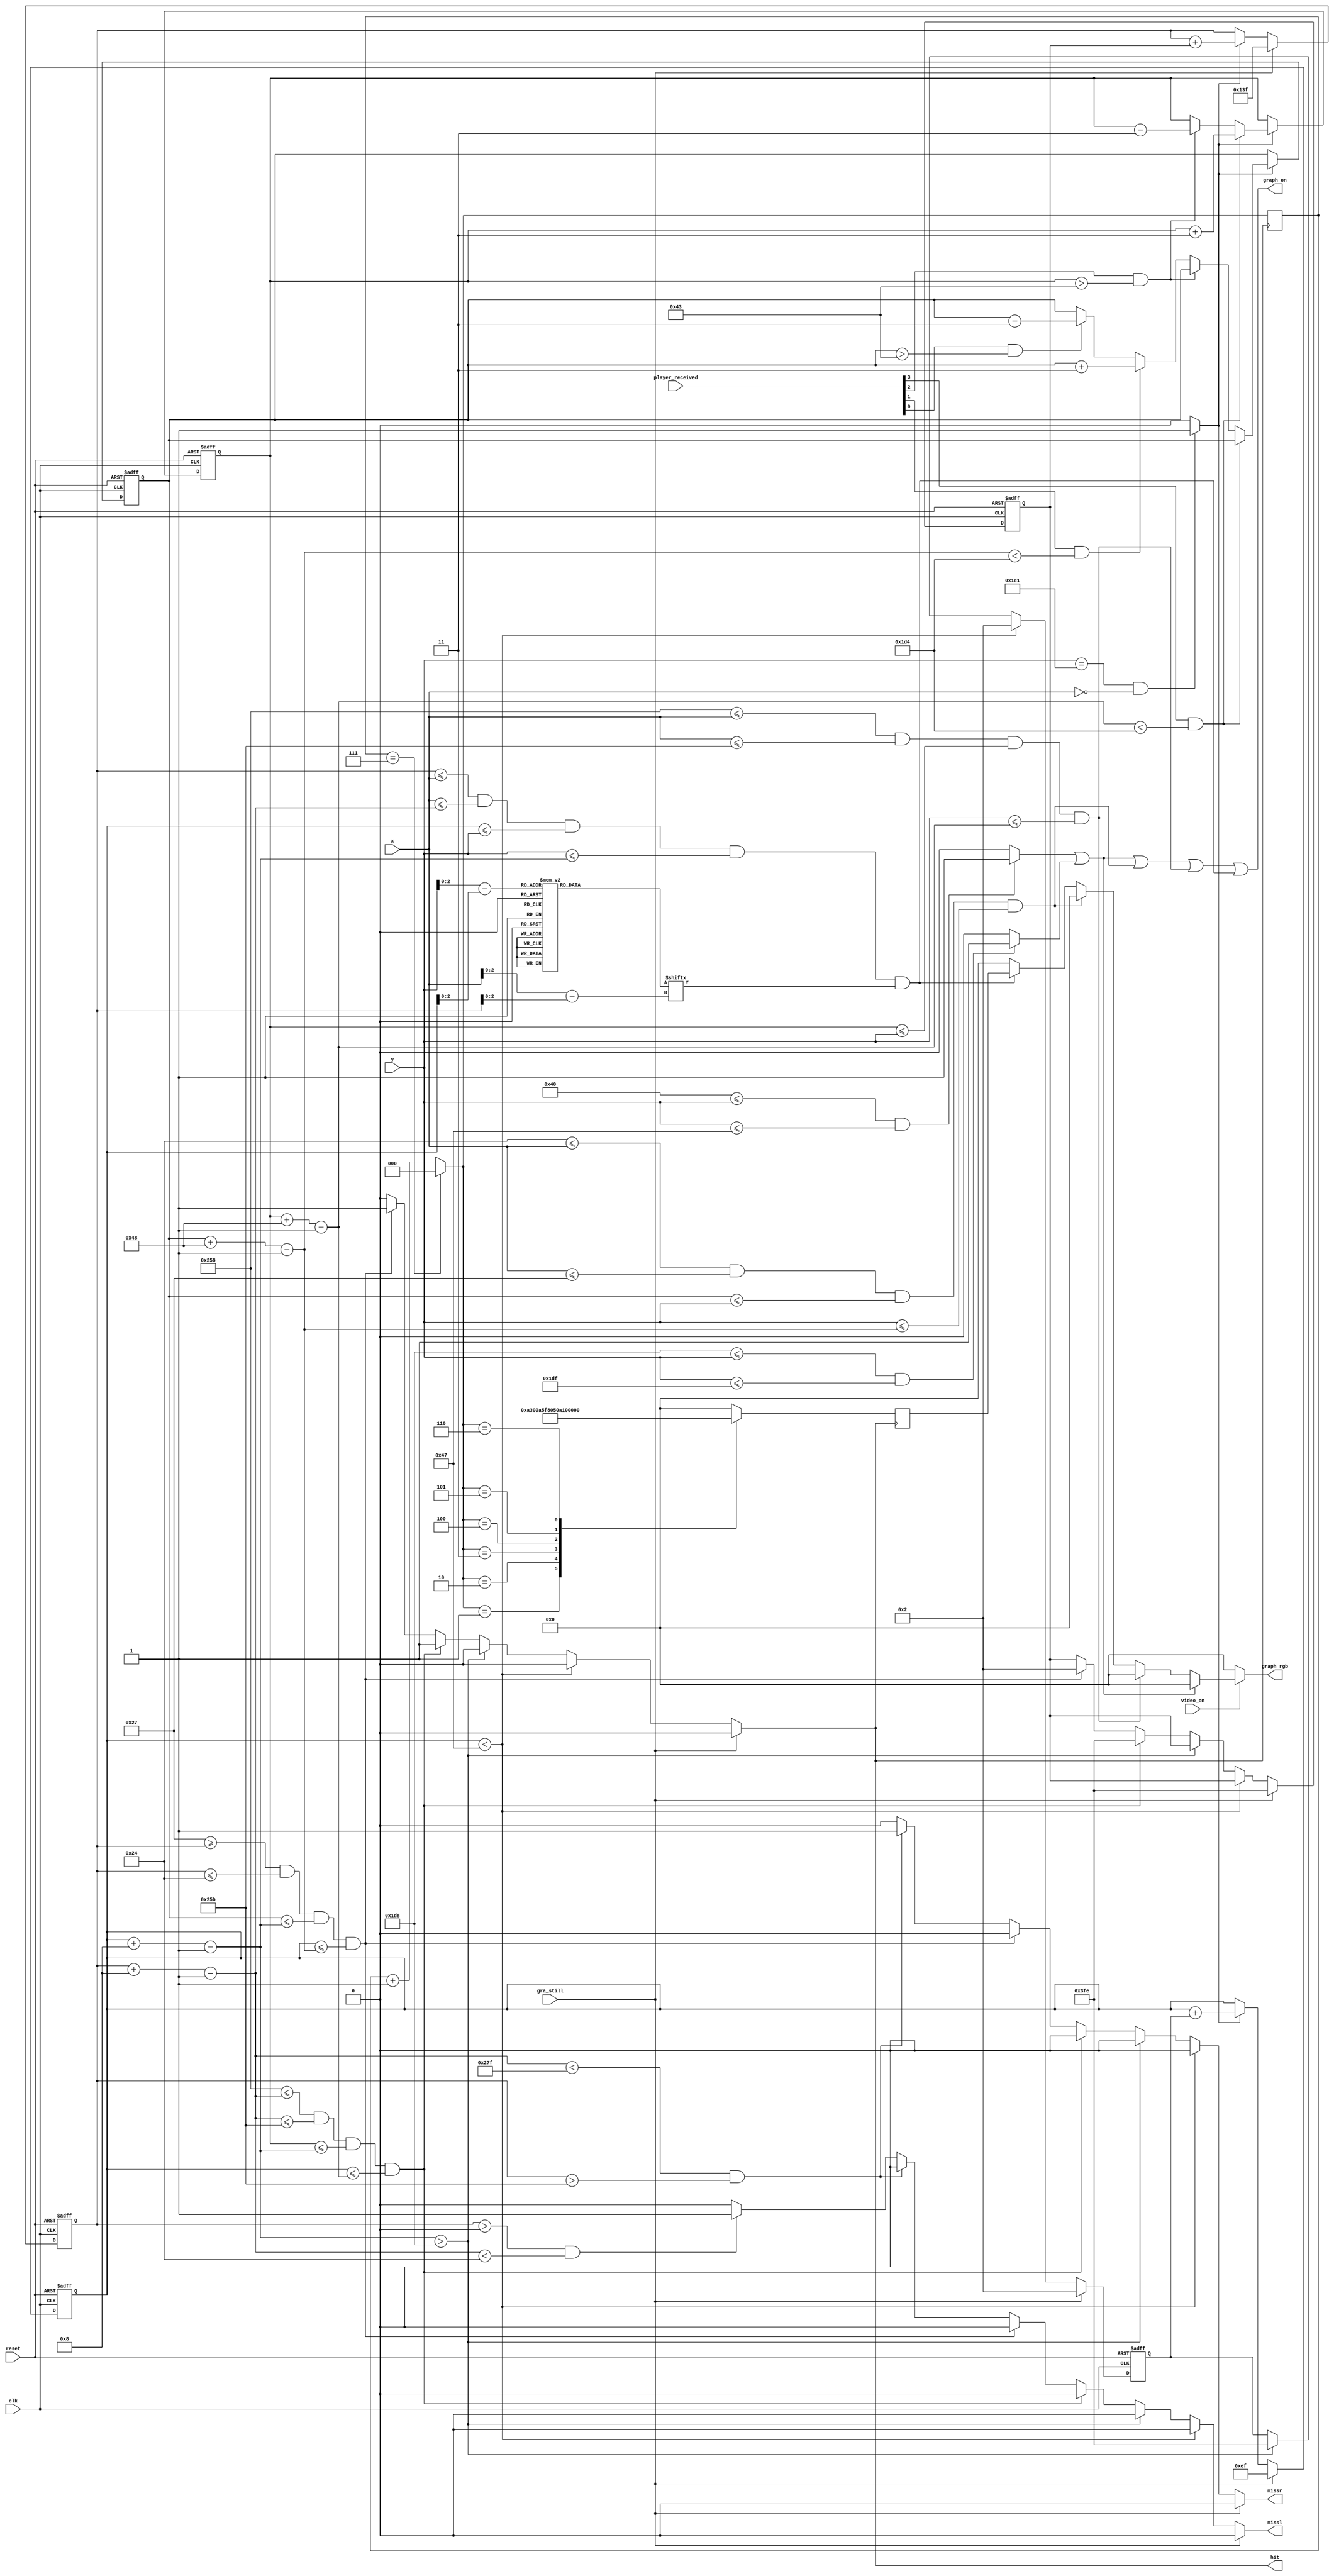
module graphic(
    input clk,  
    input reset,    //btnC
    input [3:0] player_received,        // [0] = left up, [1] = left down, [2] = right up, [3] = right down
    input gra_still,        // still graphics - newgame, game over states
    input video_on,
    input [9:0] x,
    input [9:0] y,
    output graph_on,
    output reg hit, missl, missr,   // ball hit or miss
    output reg [11:0] graph_rgb
    );
    
    // maximum x, y values in display area
    parameter X_MAX = 639;
    parameter Y_MAX = 479;
    
    // create 60Hz refresh tick
    wire refresh_tick;
    assign refresh_tick = ((y == 481) && (x == 0)) ? 1 : 0; // start of vsync(vertical retrace)
    
    
//    // WALLS
    // TOP wall boundaries
    parameter T_WALL_T = 64;    
    parameter T_WALL_B = 71;    // 8 pixels wide
    // BOTTOM wall boundaries
    parameter B_WALL_T = 472;    
    parameter B_WALL_B = 479;    // 8 pixels wide
    
    //Add by myself
    // PADDLE
    // paddle horizontal boundaries
    parameter x_padr_l = 600;
    parameter x_padr_r = 603;    // 4 pixels wide
    // paddle vertical boundary signals
    wire [9:0] y_padr_t, y_padr_b;
    parameter PADr_HEIGHT = 72;  // 72 pixels high
    // register to track top boundary and buffer
    reg [9:0] y_padr_reg = 204;      // Paddle starting position
    reg [9:0] y_padr_next;
    // paddle moving velocity when a button is pressed
    parameter PADr_VELOCITY = 3;     // change to speed up or slow down paddle 
    
    // paddle horizontal boundaries
    parameter x_padl_l = 36;
    parameter x_padl_r = 39;    // 4 pixels wide
    // paddle vertical boundary signals
    wire [9:0] y_padl_t, y_padl_b;
    parameter PADl_HEIGHT = 72;  // 72 pixels high
    // register to track top boundary and buffer
    reg [9:0] y_padl_reg = 204;      // Paddle starting position
    reg [9:0] y_padl_next;
    // paddle moving velocity when a button is pressed
    parameter PADl_VELOCITY = 3;     // change to speed up or slow down paddle movement
    //Add by myself
    
    
    // BALL
    // square rom boundaries
    parameter BALL_SIZE = 8;
    // ball horizontal boundary signals
    wire [9:0] x_ball_l, x_ball_r;
    // ball vertical boundary signals
    wire [9:0] y_ball_t, y_ball_b;
    // register to track top left position
    reg [9:0] y_ball_reg, x_ball_reg;
    // signals for register buffer
    wire [9:0] y_ball_next, x_ball_next;
    // registers to track ball speed and buffers
    reg [9:0] x_delta_reg, x_delta_next;
    reg [9:0] y_delta_reg, y_delta_next;
    // positive or negative ball velocity
    parameter BALL_VELOCITY_POS = 1.5;    // ball speed positive pixel direction(down, right)
    parameter BALL_VELOCITY_NEG = -1.5;   // ball speed negative pixel direction(up, left)
    // round ball from square image
    wire [2:0] rom_addr, rom_col;   // 3-bit rom address and rom column
    reg [7:0] rom_data;             // data at current rom address
    wire rom_bit;                   // signify when rom data is 1 or 0 for ball rgb control
    reg [2:0] count = 0;
    
    // Register Control
    always @(posedge clk or posedge reset)
        if(reset) begin
            y_padr_reg <= 204;
            y_padl_reg <= 204;
            x_ball_reg <= 0;
            y_ball_reg <= 0;
            x_delta_reg <= 10'h002;
            y_delta_reg <= 10'h002;
        end
        else begin
            y_padr_reg <= y_padr_next;
            y_padl_reg <= y_padl_next;
            x_ball_reg <= x_ball_next;
            y_ball_reg <= y_ball_next;
            x_delta_reg <= x_delta_next;
            y_delta_reg <= y_delta_next;
        end
    
    
    // ball rom
    always @*
        case(rom_addr)
            3'b000 :    rom_data = 8'b00111100; //   ****  
            3'b001 :    rom_data = 8'b01111110; //  ******
            3'b010 :    rom_data = 8'b11111111; // ********
            3'b011 :    rom_data = 8'b11111111; // ********
            3'b100 :    rom_data = 8'b11111111; // ********
            3'b101 :    rom_data = 8'b11111111; // ********
            3'b110 :    rom_data = 8'b01111110; //  ******
            3'b111 :    rom_data = 8'b00111100; //   ****
        endcase
    
    
    // OBJECT STATUS SIGNALS
    wire t_wall_on, b_wall_on, padr_on, padl_on, sq_ball_on, ball_on;
    wire [11:0] padr_rgb, padl_rgb, bg_rgb;
    reg [11:0] ball_rgb;
    
    
//    // pixel within wall boundaries
    assign t_wall_on = ((T_WALL_T <= y) && (y <= T_WALL_B)) ? 1 : 0;
    assign b_wall_on = ((B_WALL_T <= y) && (y <= B_WALL_B)) ? 1 : 0;
    
    
    // assign object colors
    assign wall_rgb   = 12'h000;    // black walls
    assign padr_rgb   = 12'h000;    // black paddle
    assign padl_rgb   = 12'h000;    // black paddle
    assign bg_rgb     = 12'h000;    // black background
    
    always @(posedge hit) begin
        if (count == 7) count = 0;
        else count = count + 1;
        case(count)
            3'h1: ball_rgb = 12'hA30;    // A shade of red
            3'h2: ball_rgb = 12'h0A5;    // A shade of green
            3'h3: ball_rgb = 12'hF80;    // A shade of orange
            3'h4: ball_rgb = 12'h50A;    // A shade of purple
            3'h5: ball_rgb = 12'h0F7;    // A shade of cyan
            3'h6: ball_rgb = 12'hFA0;    // A shade of yellow
            default: ball_rgb = 12'h000;    // black (default)
        endcase
    end

    
    
    // paddle 
    assign y_padl_t = y_padl_reg;                             // paddle top position
    assign y_padl_b = y_padl_t + PADl_HEIGHT - 1;              // paddle bottom position
    assign padl_on = (x_padl_l <= x) && (x <= x_padl_r) &&     // pixel within paddle boundaries
                    (y_padl_t <= y) && (y <= y_padl_b);
                    
    // paddle 
    assign y_padr_t = y_padr_reg;                             // paddle top position
    assign y_padr_b = y_padr_t + PADr_HEIGHT - 1;              // paddle bottom position
    assign padr_on = (x_padr_l <= x) && (x <= x_padr_r) &&     // pixel within paddle boundaries
                    (y_padr_t <= y) && (y <= y_padr_b);
       
                    
    // Paddle Control
    always @* begin //fix push in the same time
        y_padr_next = y_padr_reg;     // no move
        y_padl_next = y_padl_reg;     // no move
        
        if(refresh_tick)
            if(player_received[3] && (y_padr_b < (B_WALL_T - 1 - PADr_VELOCITY))) //edit btn[3] to push k
                y_padr_next = y_padr_reg + PADr_VELOCITY;  // move down
            else if(player_received[2] && (y_padr_t > (T_WALL_B - 1 - PADr_VELOCITY))) //edit btn[2] to push i
                y_padr_next = y_padr_reg - PADr_VELOCITY;  // move up
            else if(player_received[1] && (y_padl_b < (B_WALL_T - 1 - PADl_VELOCITY))) //edit btn[1] to push s
                y_padl_next = y_padl_reg + PADl_VELOCITY;  // move down
            else if(player_received[0] && (y_padl_t > (T_WALL_B - 1 - PADl_VELOCITY))) //edit btn[0] to push w
                y_padl_next = y_padl_reg - PADl_VELOCITY;  // move up
    end
    
    
    // rom data square boundaries
    assign x_ball_l = x_ball_reg;
    assign y_ball_t = y_ball_reg;
    assign x_ball_r = x_ball_l + BALL_SIZE - 1;
    assign y_ball_b = y_ball_t + BALL_SIZE - 1;
    // pixel within rom square boundaries
    assign sq_ball_on = (x_ball_l <= x) && (x <= x_ball_r) &&
                        (y_ball_t <= y) && (y <= y_ball_b);
    // map current pixel location to rom addr/col
    assign rom_addr = y[2:0] - y_ball_t[2:0];   // 3-bit address
    assign rom_col = x[2:0] - x_ball_l[2:0];    // 3-bit column index
    assign rom_bit = rom_data[rom_col];         // 1-bit signal rom data by column
    // pixel within round ball
    assign ball_on = sq_ball_on & rom_bit;      // within square boundaries AND rom data bit == 1
 
  
    // new ball position
    assign x_ball_next = (gra_still) ? X_MAX / 2 :
                         (refresh_tick) ? x_ball_reg + x_delta_reg : x_ball_reg;
    assign y_ball_next = (gra_still) ? Y_MAX / 2 :
                         (refresh_tick) ? y_ball_reg + y_delta_reg : y_ball_reg;
    
    // change ball direction after collision
    always @* begin
        hit = 1'b0;
        missl = 1'b0;
        missr = 1'b0;
        x_delta_next = x_delta_reg;
        y_delta_next = y_delta_reg;
        
        if(gra_still) begin
            x_delta_next = BALL_VELOCITY_NEG;
            y_delta_next = BALL_VELOCITY_POS;
        end
        
        else if(y_ball_t < T_WALL_B)                   // reach top
            y_delta_next = BALL_VELOCITY_POS;   // move down
        
        else if(y_ball_b > (B_WALL_T))         // reach bottom wall
            y_delta_next = BALL_VELOCITY_NEG;   // move up
        
        else if((x_padr_l <= x_ball_r) && (x_ball_r <= x_padr_r) &&
                (y_padr_t <= y_ball_b) && (y_ball_t <= y_padr_b)) begin
                    x_delta_next = BALL_VELOCITY_NEG;
                    hit = 1'b1;   //hit right         
        end
        
        else if((x_padl_r >= x_ball_l) && (x_ball_l <= x_padl_l) &&
                (y_padl_t <= y_ball_b) && (y_ball_t <= y_padl_b)) begin
                    x_delta_next = BALL_VELOCITY_POS;
                    hit = 1'b1;   //hit left      
        end
        
        else if(x_ball_r < X_MAX && x_ball_l > x_padr_r) // miss right
            missr = 1'b1;
            
        else if(x_ball_l > 0 && x_ball_r < x_padl_l) //miss left
            missl = 1'b1;
    end                    
    
    // output status signal for graphics 
    assign graph_on = t_wall_on | b_wall_on | padl_on | padr_on | ball_on;
    
    
    // rgb multiplexing circuit
    always @*
        if(~video_on)
            graph_rgb = 12'h000;      // no value, blank
        else
            if(t_wall_on | b_wall_on)
                graph_rgb = wall_rgb;     // wall color
            else if(padr_on)
                graph_rgb = padr_rgb;      // paddle color
            else if(padl_on)
                graph_rgb = padl_rgb;      // paddle color
            else if(ball_on)
                graph_rgb = ball_rgb;     // ball color
            else
                graph_rgb = bg_rgb;       // background
       
endmodule